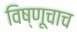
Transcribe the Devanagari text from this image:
विष्णूचाच